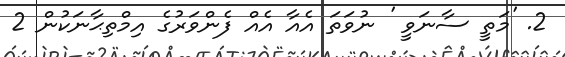
2. 'މަތީ ސާނަވީ ' ނުވަތަ އެއާ އެއް ފެންވަރުގެ އިމްތިޙާނަކުން 2